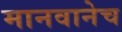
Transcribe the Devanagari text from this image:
मानवानेच